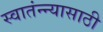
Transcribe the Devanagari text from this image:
स्वातंन्न्यासाठी